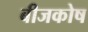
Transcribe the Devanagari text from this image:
बीजकोष